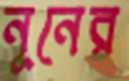
নূনের